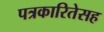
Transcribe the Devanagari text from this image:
पत्रकारितेसह